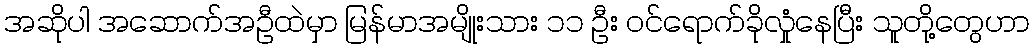
အဆိုပါ အဆောက်အဦထဲမှာ မြန်မာအမျိုးသား ၁၁ ဦး ဝင်ရောက်ခိုလှုံနေပြီး သူတို့တွေဟာ